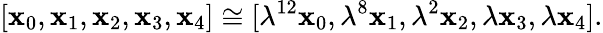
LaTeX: [\mathbf{x}_{0},\mathbf{x}_{1},\mathbf{x}_{2},\mathbf{x}_{3},\mathbf{x}_{4}]\cong[\lambda^{12}\mathbf{x}_{0},\lambda^{8}\mathbf{x}_{1},\lambda^{2}\mathbf{x}_{2},\lambda\mathbf{x}_{3},\lambda\mathbf{x}_{4}].